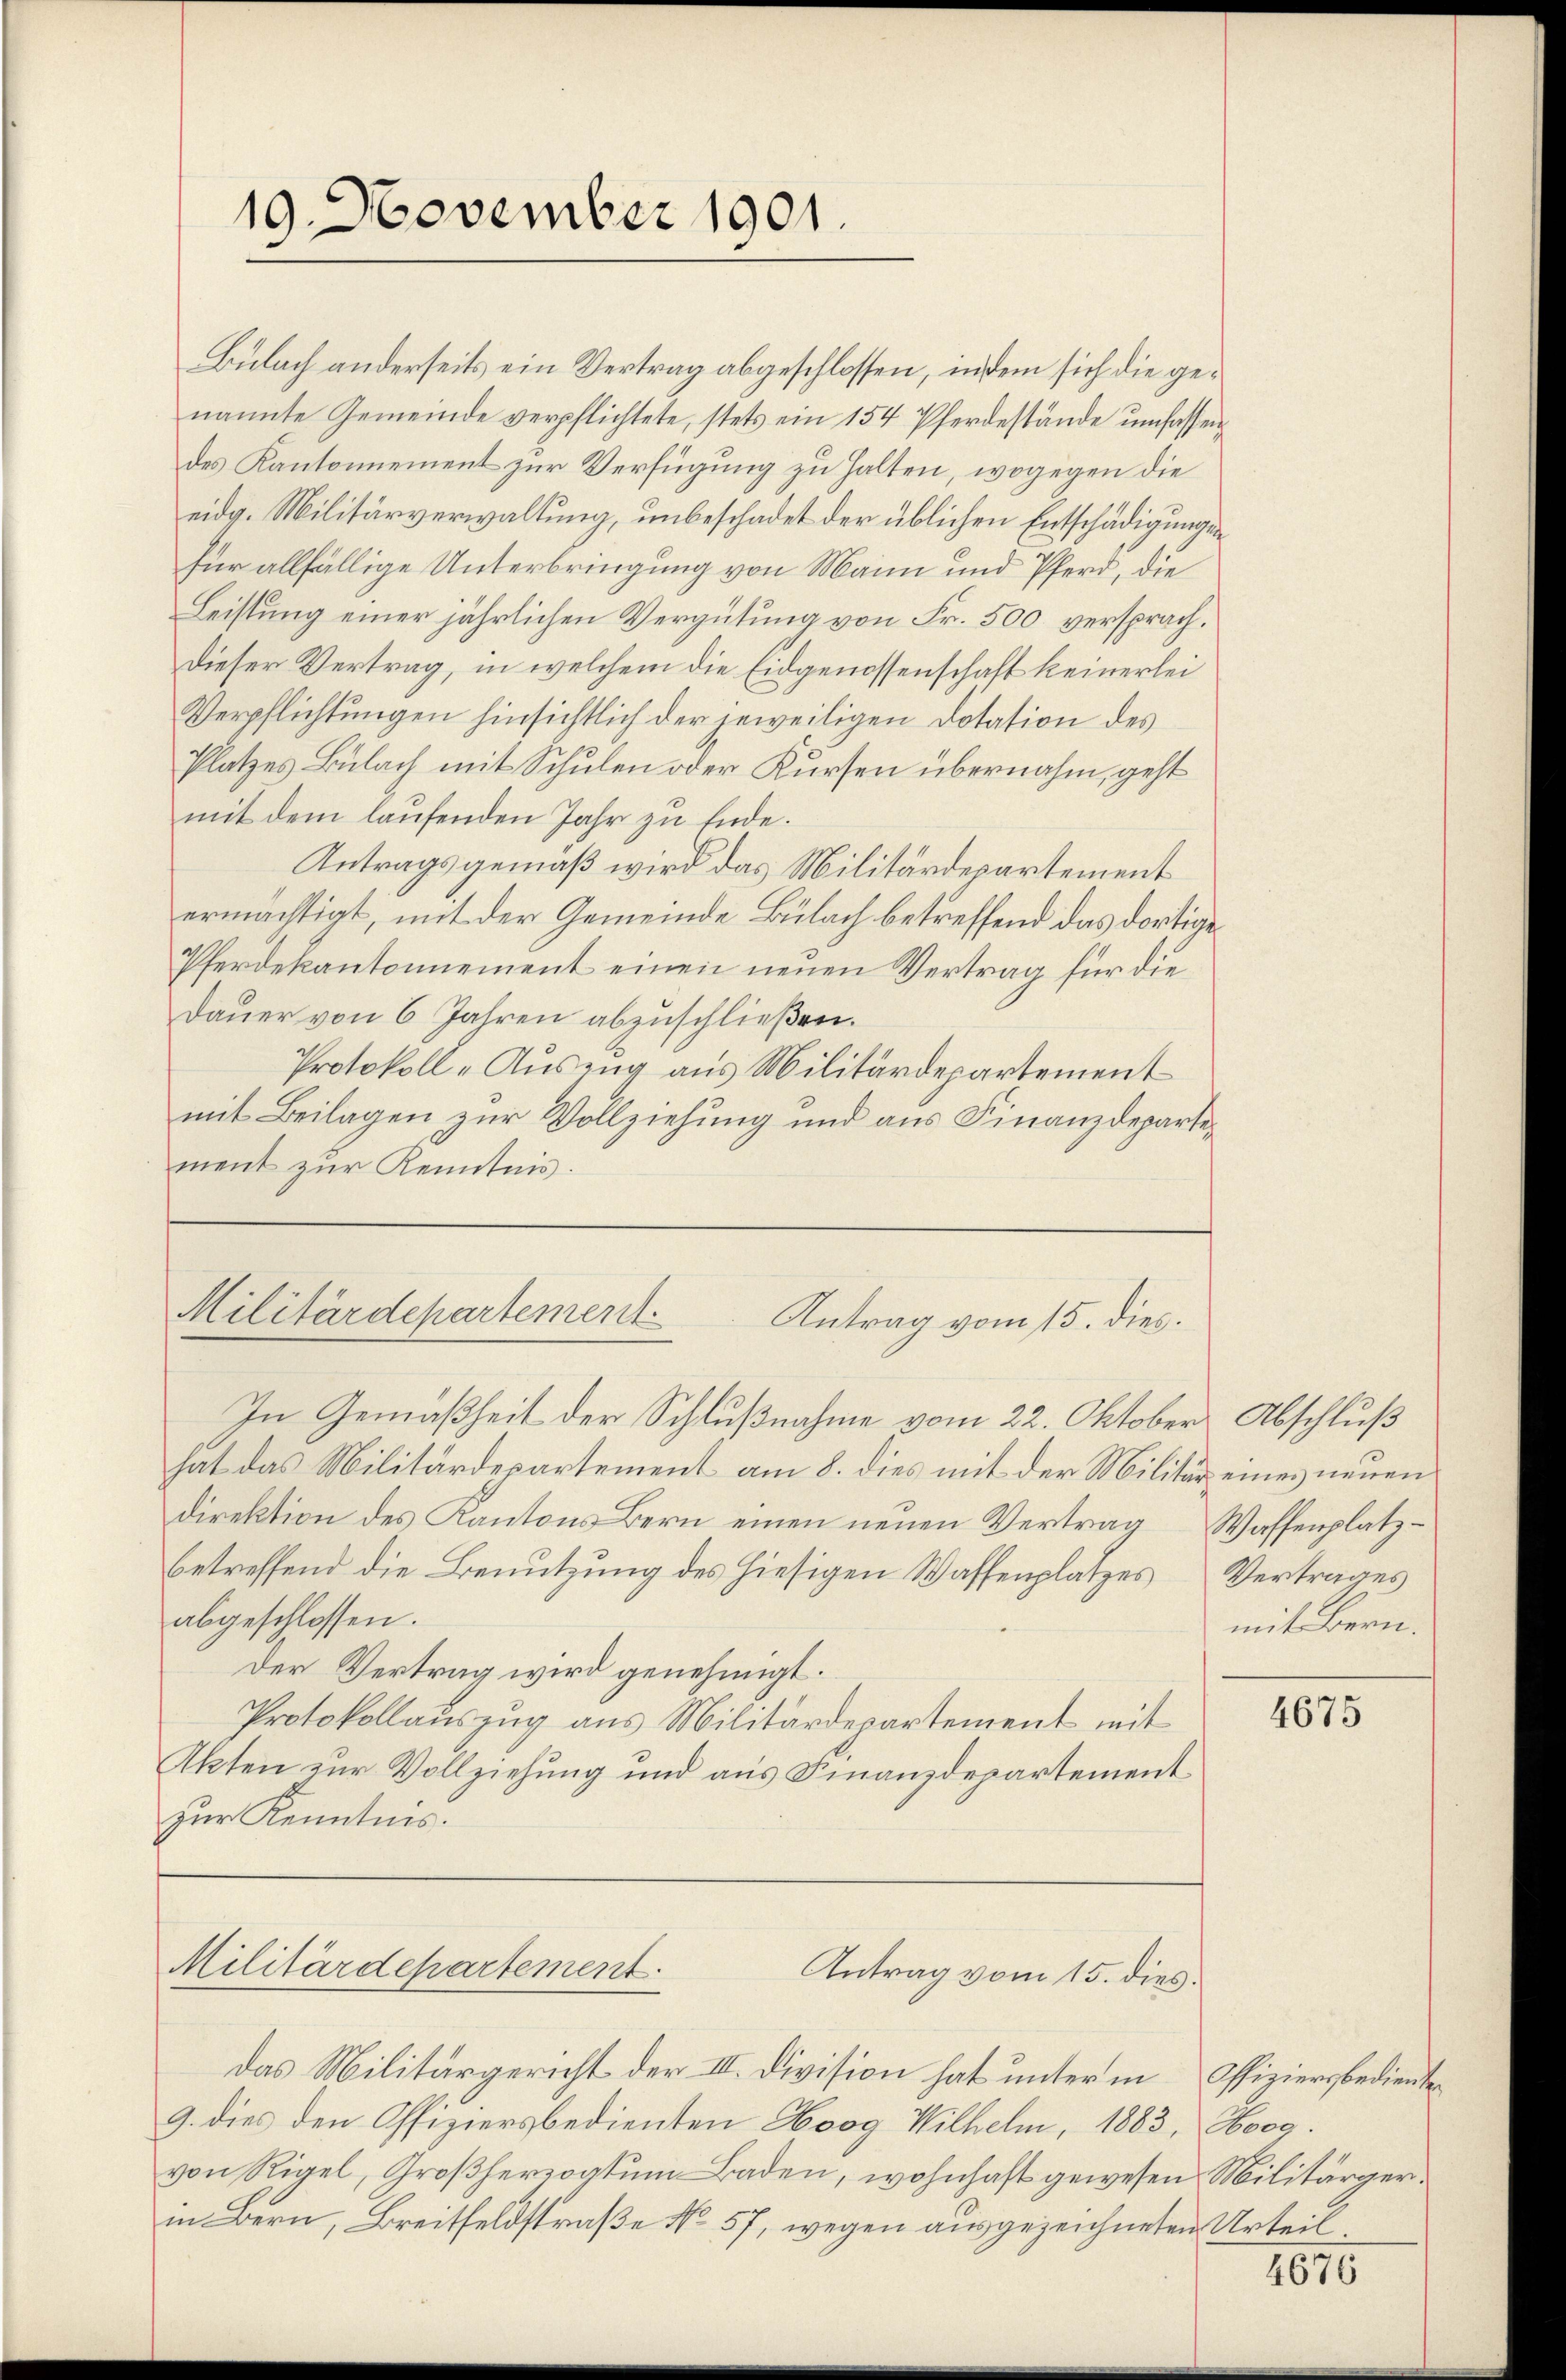
19. November 1901.

Bülach anderseits ein Vertrag abgeschlossen, indem sich die genannte Gemeinde verpflichtete, stets ein 154 Pferdestände umfassendes Kantonnement zur Verfügung zu halten, wogegen die
eidg. Militärverwaltung, unbeschadet der üblichen Entschädigungen
für allfällige Unterbringung von Main und Pferd, die
Leistung einer jährlichen Vergütung von Fr. 500 versprach¬
Dieser Vertrag, in welchem die Eidgenossenschaft keinerlei
Verpflichtungen hinsichtlich der jeweiligen Dotation des
Platzes Bülach mit Schulen oder Kursen übernahm, geht
mit dem laufenden Jahr zu Ende.
Antragsgemäß wird das Militärdepartement
ermächtigt, mit der Gemeinde Bülach betreffend das dortige
Pferdekantonnement einen neuen Vertrag für die
Dauer von 6 Jahren abzuschließen.
Protokoll-Auszug aus Militärdepartement
mit Beilagen zur Vollziehung und aus Finanzdepartement zur Kenntnis.

Militärdepartement
Antrag vom 15. dies.

In Gemäßheit der Schlußnahme vom 22. Oktober Abschluß
hat das Militärdepartement am 8. dies mit der Militär eines neuen
direktion des Kantons Bern einen neuen Vertrag
betreffend die Benutzung des hiesigen Waffenplatzes Vertrages
abgeschlossen.
Der Vertrag wird genehmigt.
Protokollauszug aus Militärdepartement mit
Akten zur Vollziehung und aus Finanzdepartement
zur Kenntnis.

Militärdepartement.
Antrag vom 15. dies.

das Militärgericht der III. Division hat unter in
9. dies den Offiziersbedienten Hoog Wilhelm, 1883,
von Rigel, Großherzogtum Baden, wohnhaft gewesen
in Bern, Breitfeldstraße No 57, wegen ausgezeichneten

Waffenplatzmit Bern.

4675

Offiziersbediente
Hoeg.
Militärger-
u Urteil.

4676